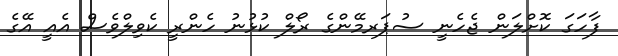
ފާހަގަ ކޮށްލަން ޖެހެނީ ސުޕަރމޭންގެ ރޯލް ކުޅުނު ހެންރީ ކެވިލްވެސް އެއީ އޭގެ